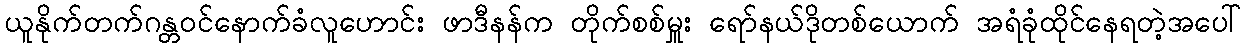
ယူနိုက်တက်ဂန္တဝင်နောက်ခံလူဟောင်း ဖာဒီနန်က တိုက်စစ်မှူး ရော်နယ်ဒိုတစ်ယောက် အရံခုံထိုင်နေရတဲ့အပေါ်